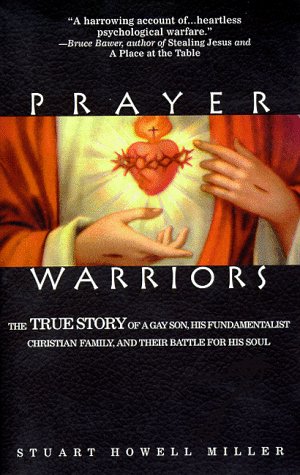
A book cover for Prayer Warriors: The True Story of a Gay Son, His Fundamentalist Christian Family, and Their Battle for His Soul; Stuart Howell Miller; Gay & Lesbian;